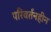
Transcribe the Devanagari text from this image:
परिवर्तनहीन